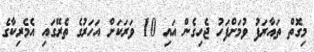
މިގޮތް ތައާރަފު ވުމަށްފަހު ޖެހިގެން އައި 10 ވަރަކަށް އަހަރުގެ ތެރޭގައި އެމެރިކާގެ